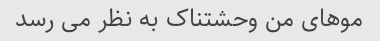
موهای من وحشتناک به نظر می رسد